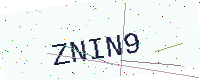
Text: ZNIN9